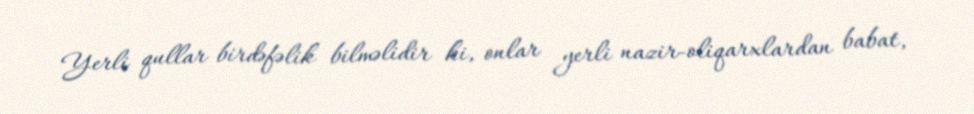
Yerli qullar birdəfəlik bilməlidir ki, onlar yerli nazir-oliqarxlardan babat,